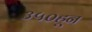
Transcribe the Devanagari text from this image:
३५०हून